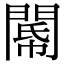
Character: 𨵂